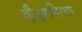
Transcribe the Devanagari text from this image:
शै़क्षणिक